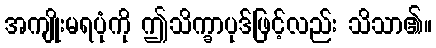
အကျိုးမရပုံကို ဤသိက္ခာပုဒ်ဖြင့်လည်း သိသာ၏။